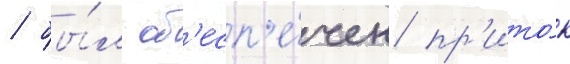
/ бы́л об'есп'е́чен пр'ито́к